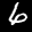
Label: 6